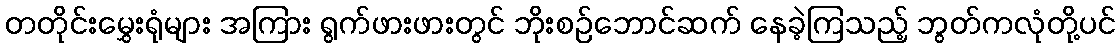
တတိုင်းမွှေးရုံများ အကြား ရွက်ဖားဖားတွင် ဘိုးစဉ်ဘောင်ဆက် နေခဲ့ကြသည့် ဘွတ်ကလုံတို့ပင်